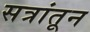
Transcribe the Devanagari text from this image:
सत्रांतून